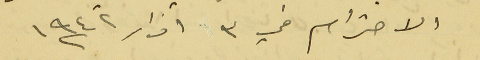
الاحترام في ٣ آذار سنة ١٩٤٢